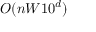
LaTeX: O ( n W 1 0 ^ { d } )